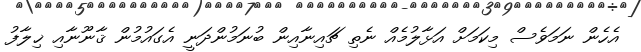
އެހެން ނަމަވެސް މިކަމަށް އަޅާލުމެއް ނެތި ޗައިނާއިން ބުނަމުންދަނީ އެގައުމުން ޤާނޫނާއި ޚިލާފު